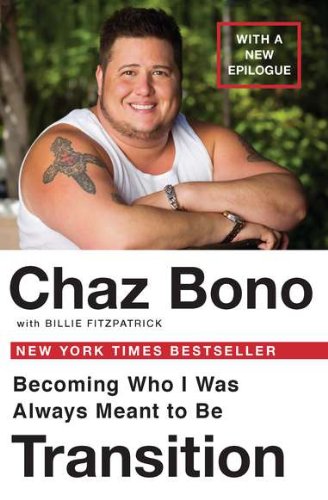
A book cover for Transition: Becoming Who I Was Always Meant to Be; Chaz Bono; Gay & Lesbian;